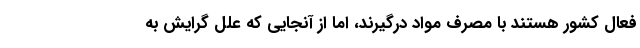
فعال کشور هستند با مصرف مواد درگیرند، اما از آنجایی که علل گرایش به